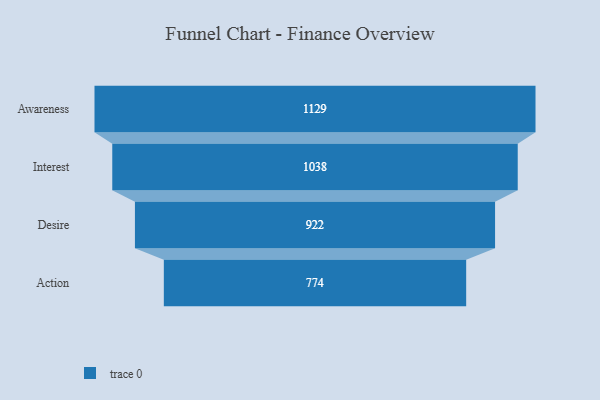
{"axis": {"x": "Stage", "y": "Value"}, "legend": [""], "data": [{"x": "Awareness", "y": 1129.0, "type": ""}, {"x": "Interest", "y": 1038.0, "type": ""}, {"x": "Desire", "y": 922.0, "type": ""}, {"x": "Action", "y": 774.0, "type": ""}]}